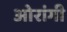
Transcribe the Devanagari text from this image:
ओरांगी